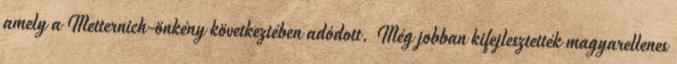
amely a Metternich-önkény következtében adódott. Még jobban kifejlesztették magyarellenes